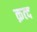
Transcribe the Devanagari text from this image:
क़त्द